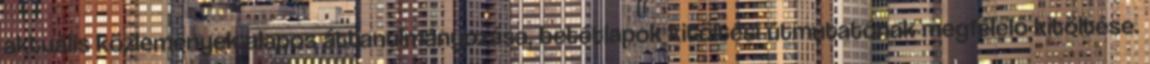
aktuális közlemények alapos áttanulmányozása, betétlapok kitöltési útmutatónak megfelelő kitöltése.